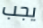
يجب